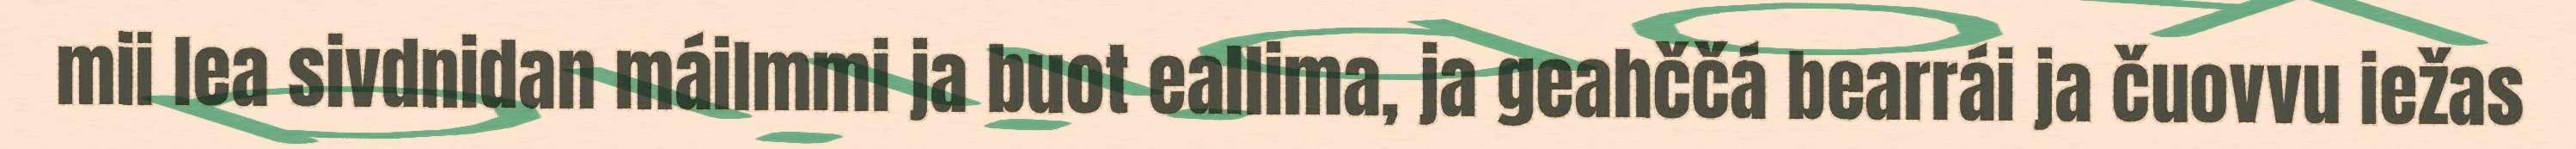
mii lea sivdnidan máilmmi ja buot eallima, ja geahččá bearrái ja čuovvu iežas